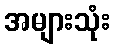
အများသုံး